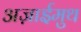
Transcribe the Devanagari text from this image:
अज़ाईमुथ